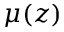
\mu ( z )